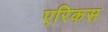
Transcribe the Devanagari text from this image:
एरिकस